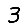
Digit: 3